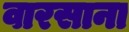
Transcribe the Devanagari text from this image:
वारसाना